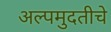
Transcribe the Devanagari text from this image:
अल्पमुदतीचे